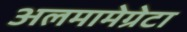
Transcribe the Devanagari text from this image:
अलमामेग्रेटा